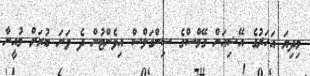
މިދިޔަ އަހަރުގެ އޭޝިއަން ގޭމްސްގެ ސިންގަލްސް އިވެންޓުން ދެ ވަނަ ބުރަށް މުއީނާ